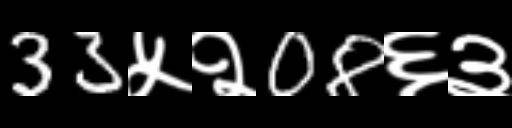
Text: 33५२08६३